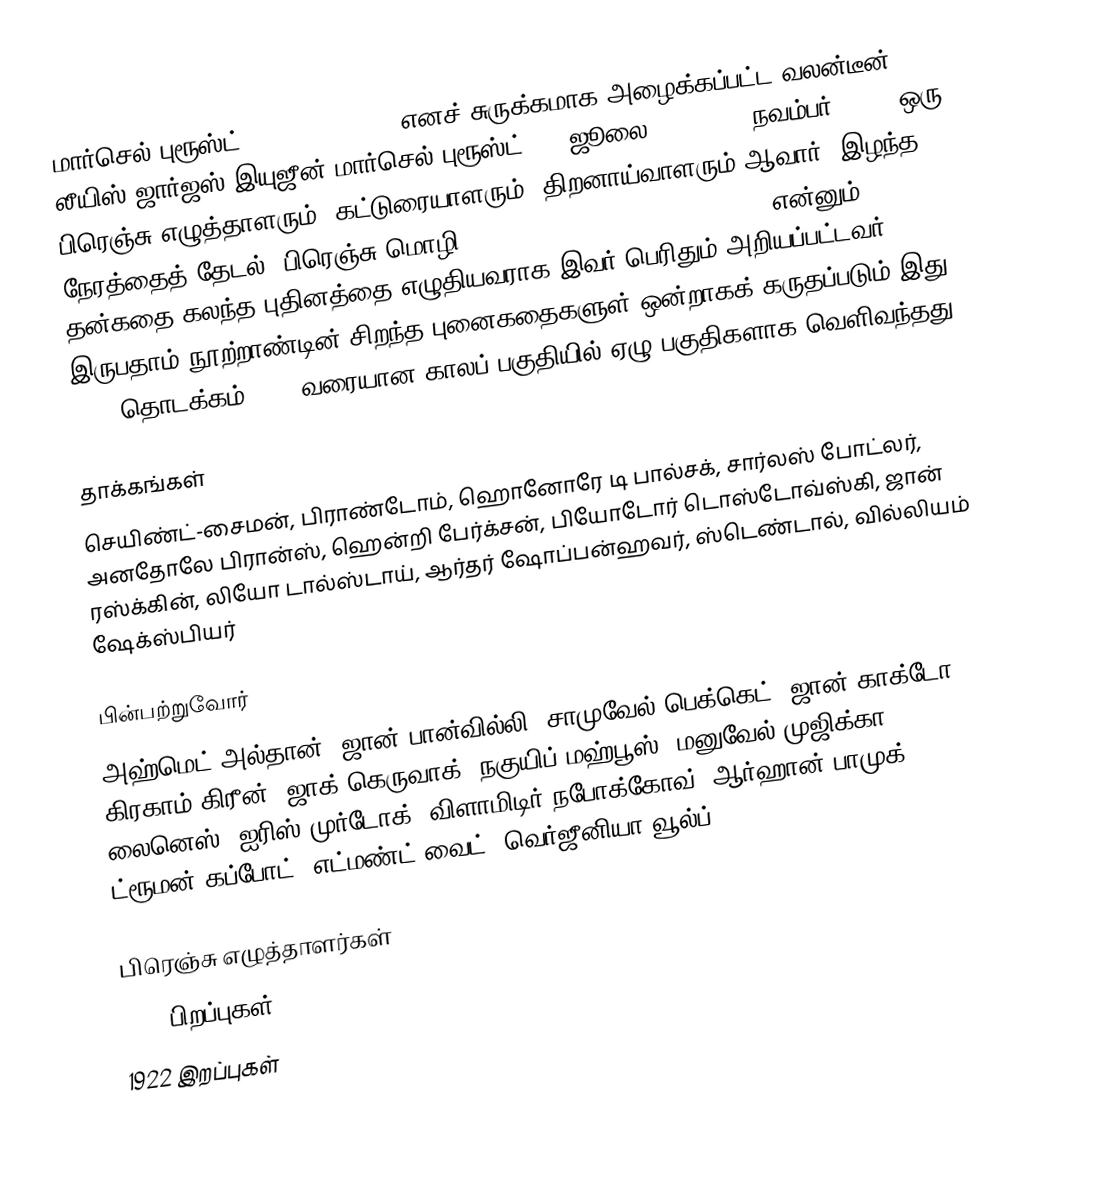
மார்செல் புரூஸ்ட் (Marcel Proust) எனச் சுருக்கமாக அழைக்கப்பட்ட வலன்டீன் லீயிஸ் ஜார்ஜஸ் இயுஜீன் மார்செல் புரூஸ்ட் (10 ஜூலை 1871 – 18 நவம்பர் 1922) ஒரு பிரெஞ்சு எழுத்தாளரும், கட்டுரையாளரும், திறனாய்வாளரும் ஆவார். இழந்த நேரத்தைத் தேடல் (பிரெஞ்சு மொழி: À la recherche du temps perdu) என்னும் தன்கதை கலந்த புதினத்தை எழுதியவராக இவர் பெரிதும் அறியப்பட்டவர். இருபதாம் நூற்றாண்டின் சிறந்த புனைகதைகளுள் ஒன்றாகக் கருதப்படும் இது 1913 தொடக்கம் 1927 வரையான காலப் பகுதியில் ஏழு பகுதிகளாக வெளிவந்தது.

தாக்கங்கள்
செயிண்ட்-சைமன், பிராண்டோம், ஹொனோரே டி பால்சக், சார்லஸ் போட்லர், அனதோலே பிரான்ஸ், ஹென்றி பேர்க்சன், பியோடோர் டொஸ்டோவ்ஸ்கி, ஜான் ரஸ்க்கின், லியோ டால்ஸ்டாய், ஆர்தர் ஷோப்பன்ஹவர், ஸ்டெண்டால், வில்லியம் ஷேக்ஸ்பியர்

பின்பற்றுவோர்
அஹ்மெட் அல்தான், ஜான் பான்வில்லி, சாமுவேல் பெக்கெட், ஜான் காக்டோ, கிரகாம் கிரீன், ஜாக் கெருவாக், நகுயிப் மஹ்பூஸ், மனுவேல் முஜிக்கா லைனெஸ், ஐரிஸ் முர்டோக், விளாமிடிர் நபோக்கோவ், ஆர்ஹான் பாமுக், ட்ரூமன் கப்போட், எட்மண்ட் வைட், வெர்ஜீனியா வூல்ப்.

பிரெஞ்சு எழுத்தாளர்கள்
1871 பிறப்புகள்
1922 இறப்புகள்